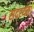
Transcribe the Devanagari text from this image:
सदस्यता